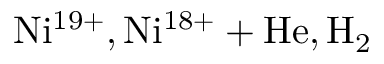
\mathrm { N i ^ { 1 9 + } , N i ^ { 1 8 + } + H e , H _ { 2 } }